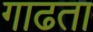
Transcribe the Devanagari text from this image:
गाढता